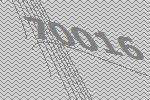
70016